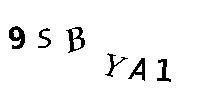
9SBYA1